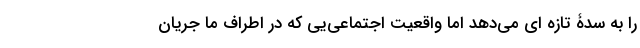
را به سدۀ تازه ای می‌دهد اما واقعیت اجتماعی‌یی که در اطراف ما جریان